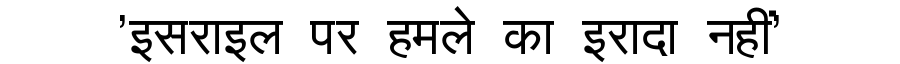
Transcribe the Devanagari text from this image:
'इसराइल पर हमले का इरादा नहीं'